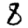
Digit: 8